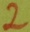
Text: 2